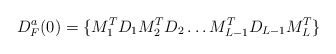
\begin{align*}D^a_F(0) = \{M_1^T D_1 M_2^TD_2 \ldots M_{L-1}^T D_{L-1} M_L^T\}\end{align*}